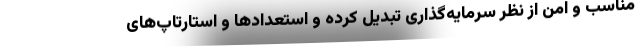
مناسب و امن از نظر سرمایه‌گذاری تبدیل کرده و استعدادها و استارتاپ‌های